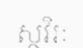
ស្ថវិរៈ